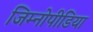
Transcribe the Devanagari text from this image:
जिम्नोपीडिया